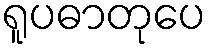
ရူပဓာတုပေ